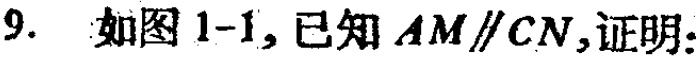
9. 如图1-1, 已知 \(AM\parallel CN\),证明: